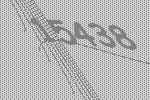
15438